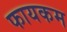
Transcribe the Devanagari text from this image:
फायकम